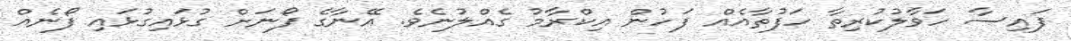
ފައިސާ ހަވާލުކުރިތާ ހަފުތާއެއް ފަހުން އިކްރާމު ގެއްލުނެވެ. އޭނާގެ ފޯނަށް ގުޅައިގުޅައި ފޯނެއް